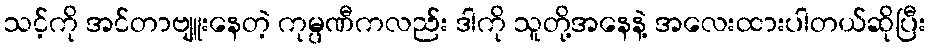
သင့်ကို အင်တာဗျူးနေတဲ့ ကုမ္ပဏီကလည်း ဒါကို သူတို့အနေနဲ့ အလေးထားပါတယ်ဆိုပြီး